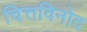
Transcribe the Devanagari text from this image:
चित्तविनोद